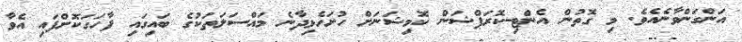
އަންގަންވާނެއެވެ. މި ގޮތުން އެންޓި-ކޮރަޕްޝަން ކޮމިޝަނަށް ހުށަހެޅިދާނެ މައްސަލަތަކުގެ ބައިގައި ފާހަގަކޮށްފައި އެވާ